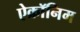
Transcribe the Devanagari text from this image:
ऐक्रॉनिम